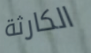
الكارثة